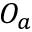
{ \cal O } _ { a }